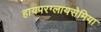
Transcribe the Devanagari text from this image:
हायपरग्लायसेमिया